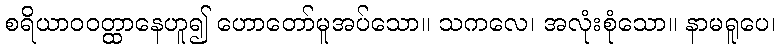
စရိယာဝဝတ္ထာနေဟူ၍ ဟောတော်မူအပ်သော။ သကလေ၊ အလုံးစုံသော။ နာမရူပေ၊